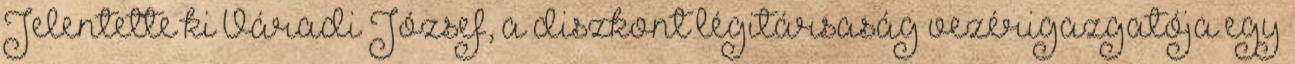
Jelentette ki Váradi József, a diszkont légitársaság vezérigazgatója egy